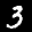
Label: 3